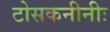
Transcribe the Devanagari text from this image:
टोसकनीनीः